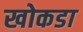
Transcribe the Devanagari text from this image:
खोकडा